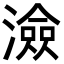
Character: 澰